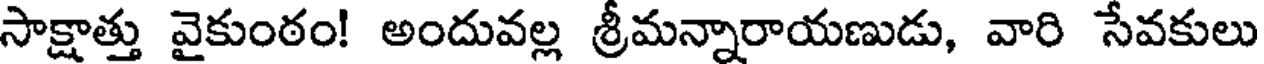
సాక్షాత్తు వైకుంఠం! అందువల్ల శ్రీమన్నారాయణుడు, వారి సేవకులు